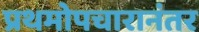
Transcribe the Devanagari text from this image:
प्रथमोपचारानंतर